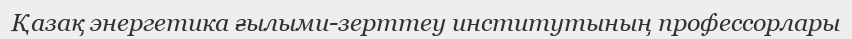
Қазақ энергетика ғылыми-зерттеу институтының профессорлары